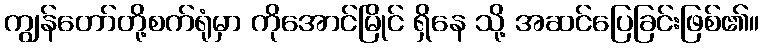
ကျွန်တော်တို့စက်ရုံမှာ ကိုအောင်မြိုင် ရှိနေ သို့ အဆင်ပြေခြင်းဖြစ်၏။